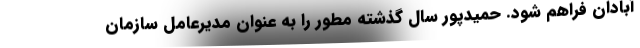
آبادان فراهم شود. حمیدپور سال گذشته مطور را به عنوان مدیرعامل سازمان